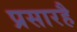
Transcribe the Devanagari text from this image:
प्रसारहै